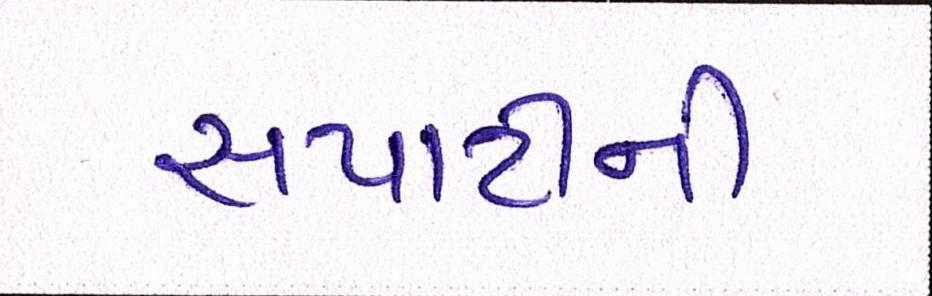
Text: સપાટીની